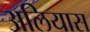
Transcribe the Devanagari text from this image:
अलियास